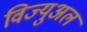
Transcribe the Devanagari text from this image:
विज्युअल